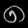
Digit: ၈